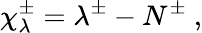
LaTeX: {\chi}_{\lambda}^{\pm}=\lambda^{\pm}-N^{\pm}~,